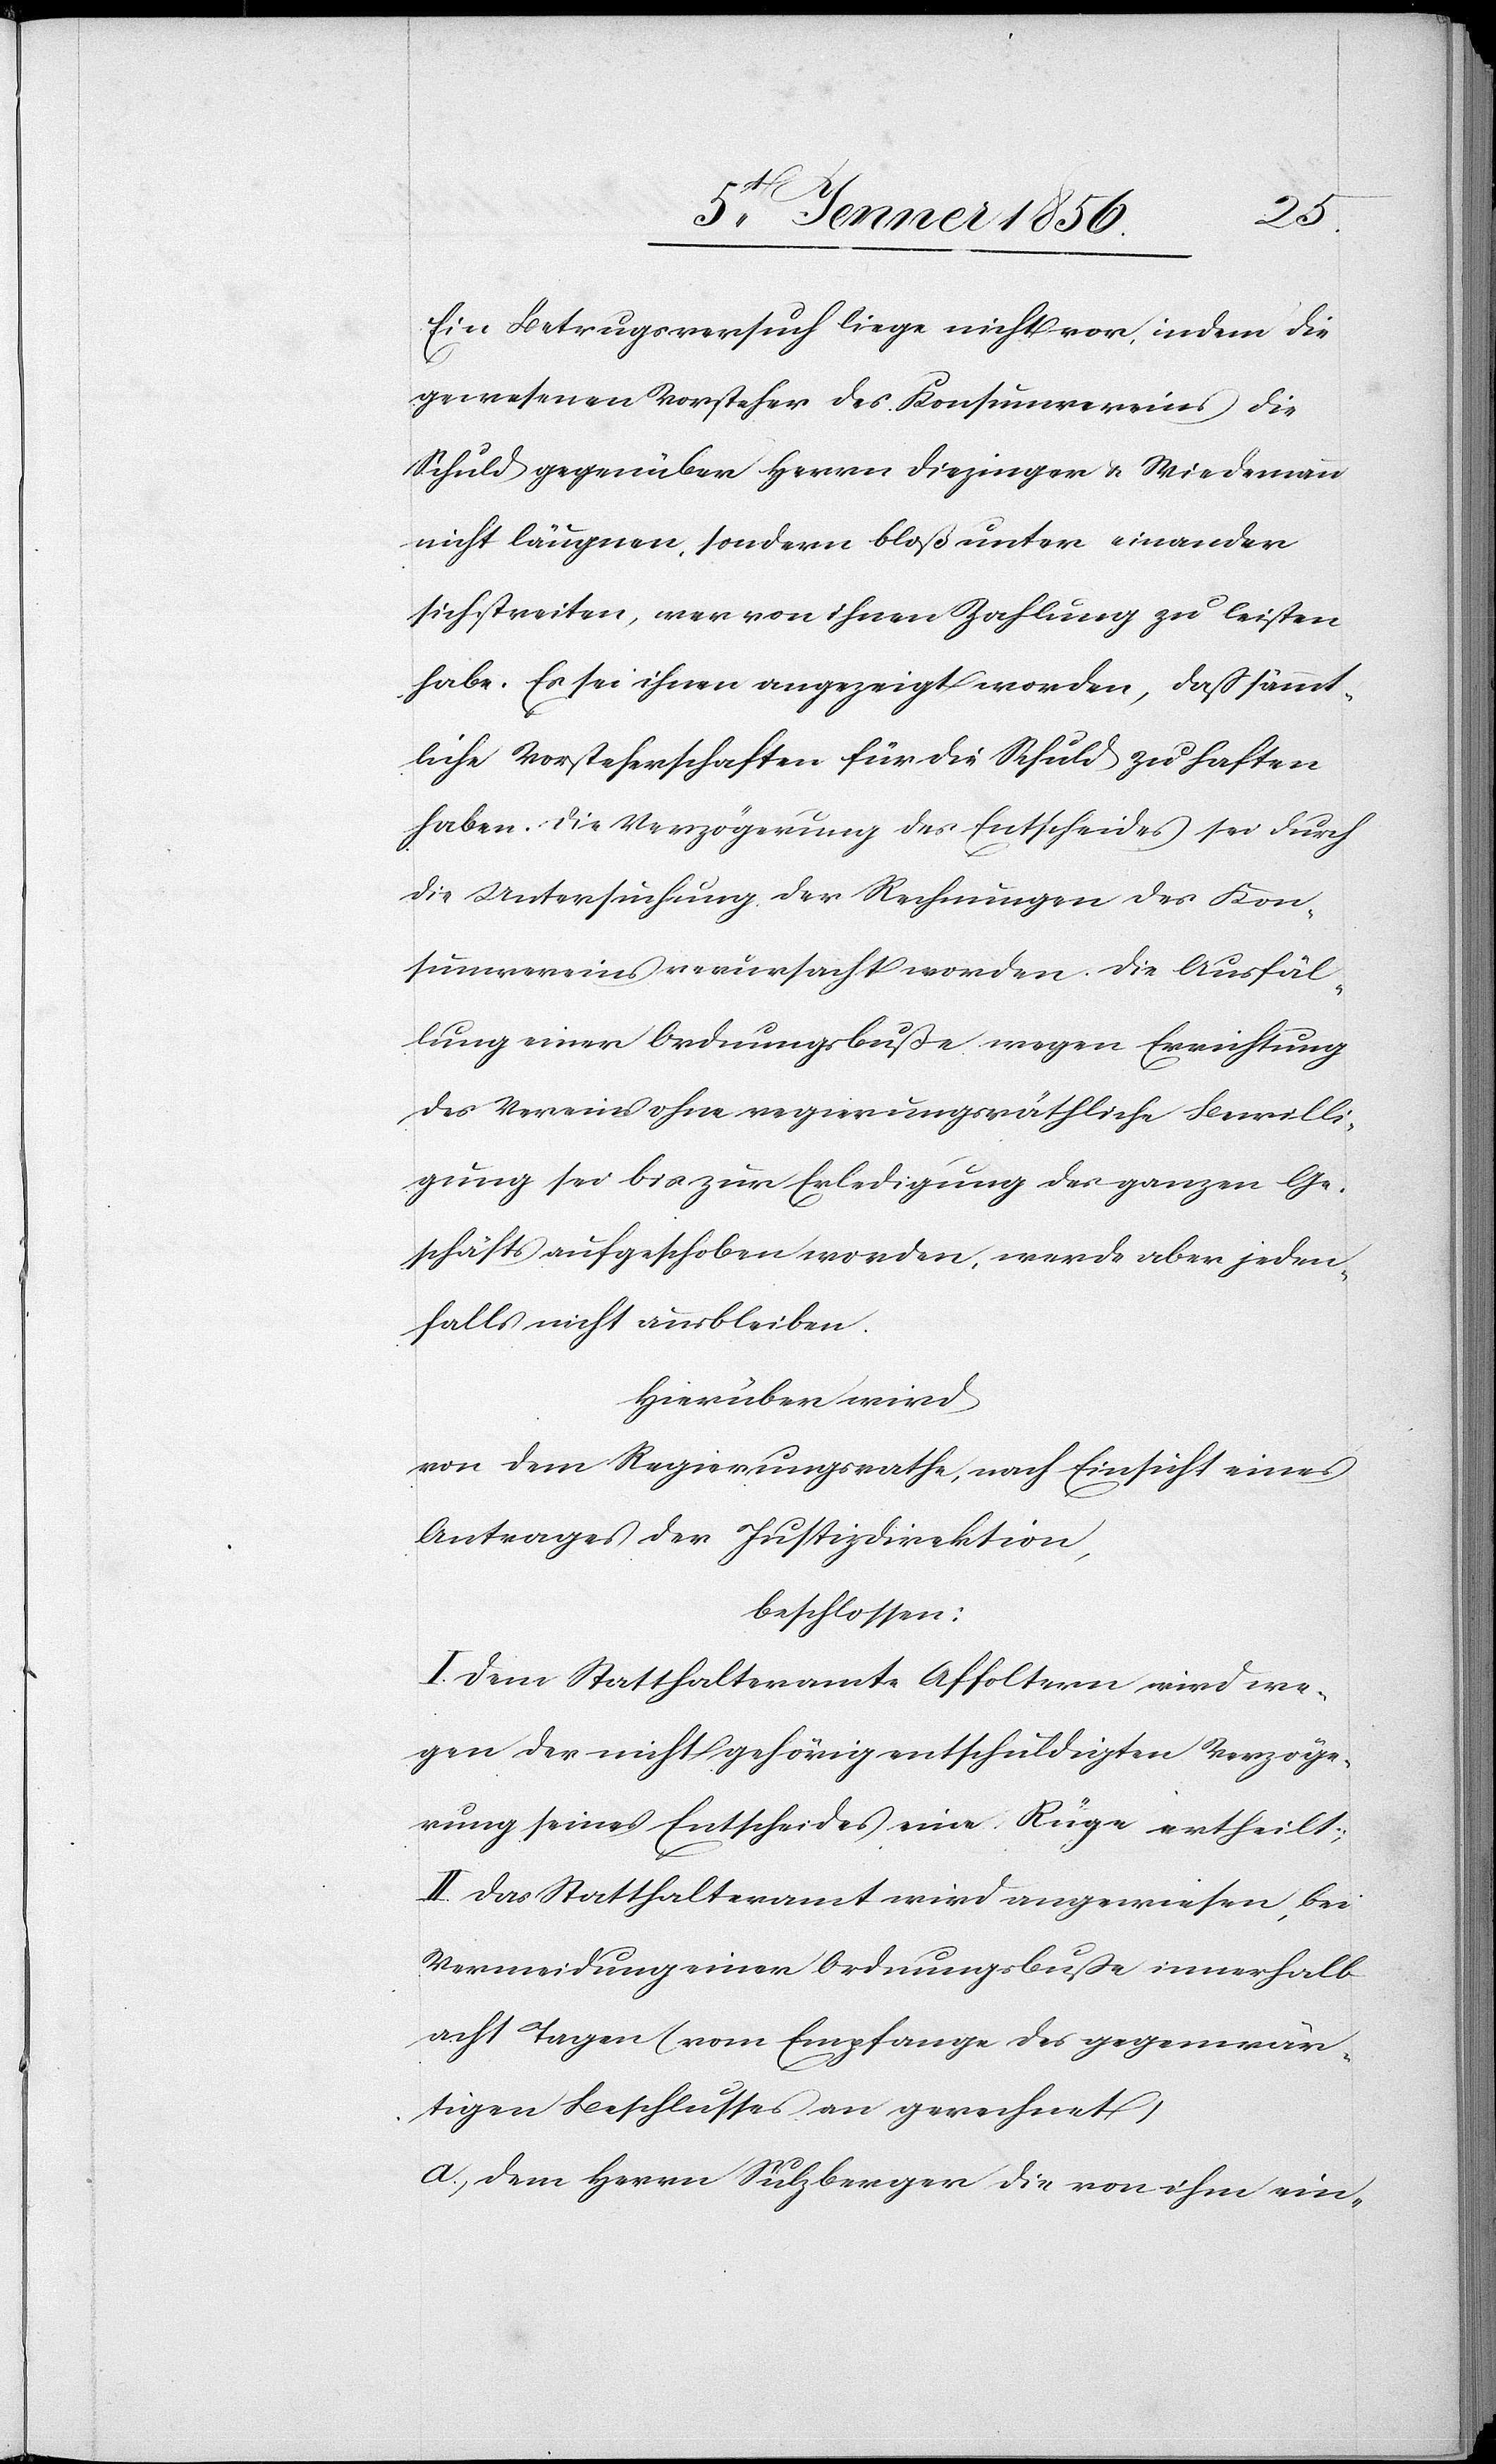
Ein Betrugsversuch liege nicht vor, indem die
gewesenen Vorsteher des Konsumvereins die
Schuld gegenüber Herrn Diezinger u. Wiedemann
nicht läugnen, sondern bloß unter einander
sich streiten, wer von ihnen Zahlung zu leisten
habe. Es sei ihnen angezeigt worden, daß sämt¬
liche Vorsteherschaften für die Schuld zu haften
haben. Die Verzögerung des Entscheides sei durch
die Untersuchung der Rechnungen des Kon¬
sumvereins verursacht worden. Die Ausfäl¬
lung einer Ordnungsbuße wegen Errichtung
des Vereins ohne regierungsräthliche Bewilli¬
gung sei bis zur Erledigung des ganzen Ge¬
schäfts aufgeschoben worden, werde aber jeden¬
falls nicht ausbleiben.
Hierüber wird
von dem Regierungsrathe, nach Einsicht eines
Antrages der Justizdirektion,
beschlossen:
I. Dem Statthalteramte Affoltern wird we¬
gen der nicht gehörig entschuldigten Verzöge¬
rung seines Entscheides eine Rüge ertheilt;
II. Das Statthalteramt wird angewiesen, bei
Vermeidung einer Ordnungsbuße innerhalb
acht Tagen (vom Empfange des gegenwär¬
tigen Beschlusses an gerechnet)
a., dem Herrn Sulzberger die von ihm ein-